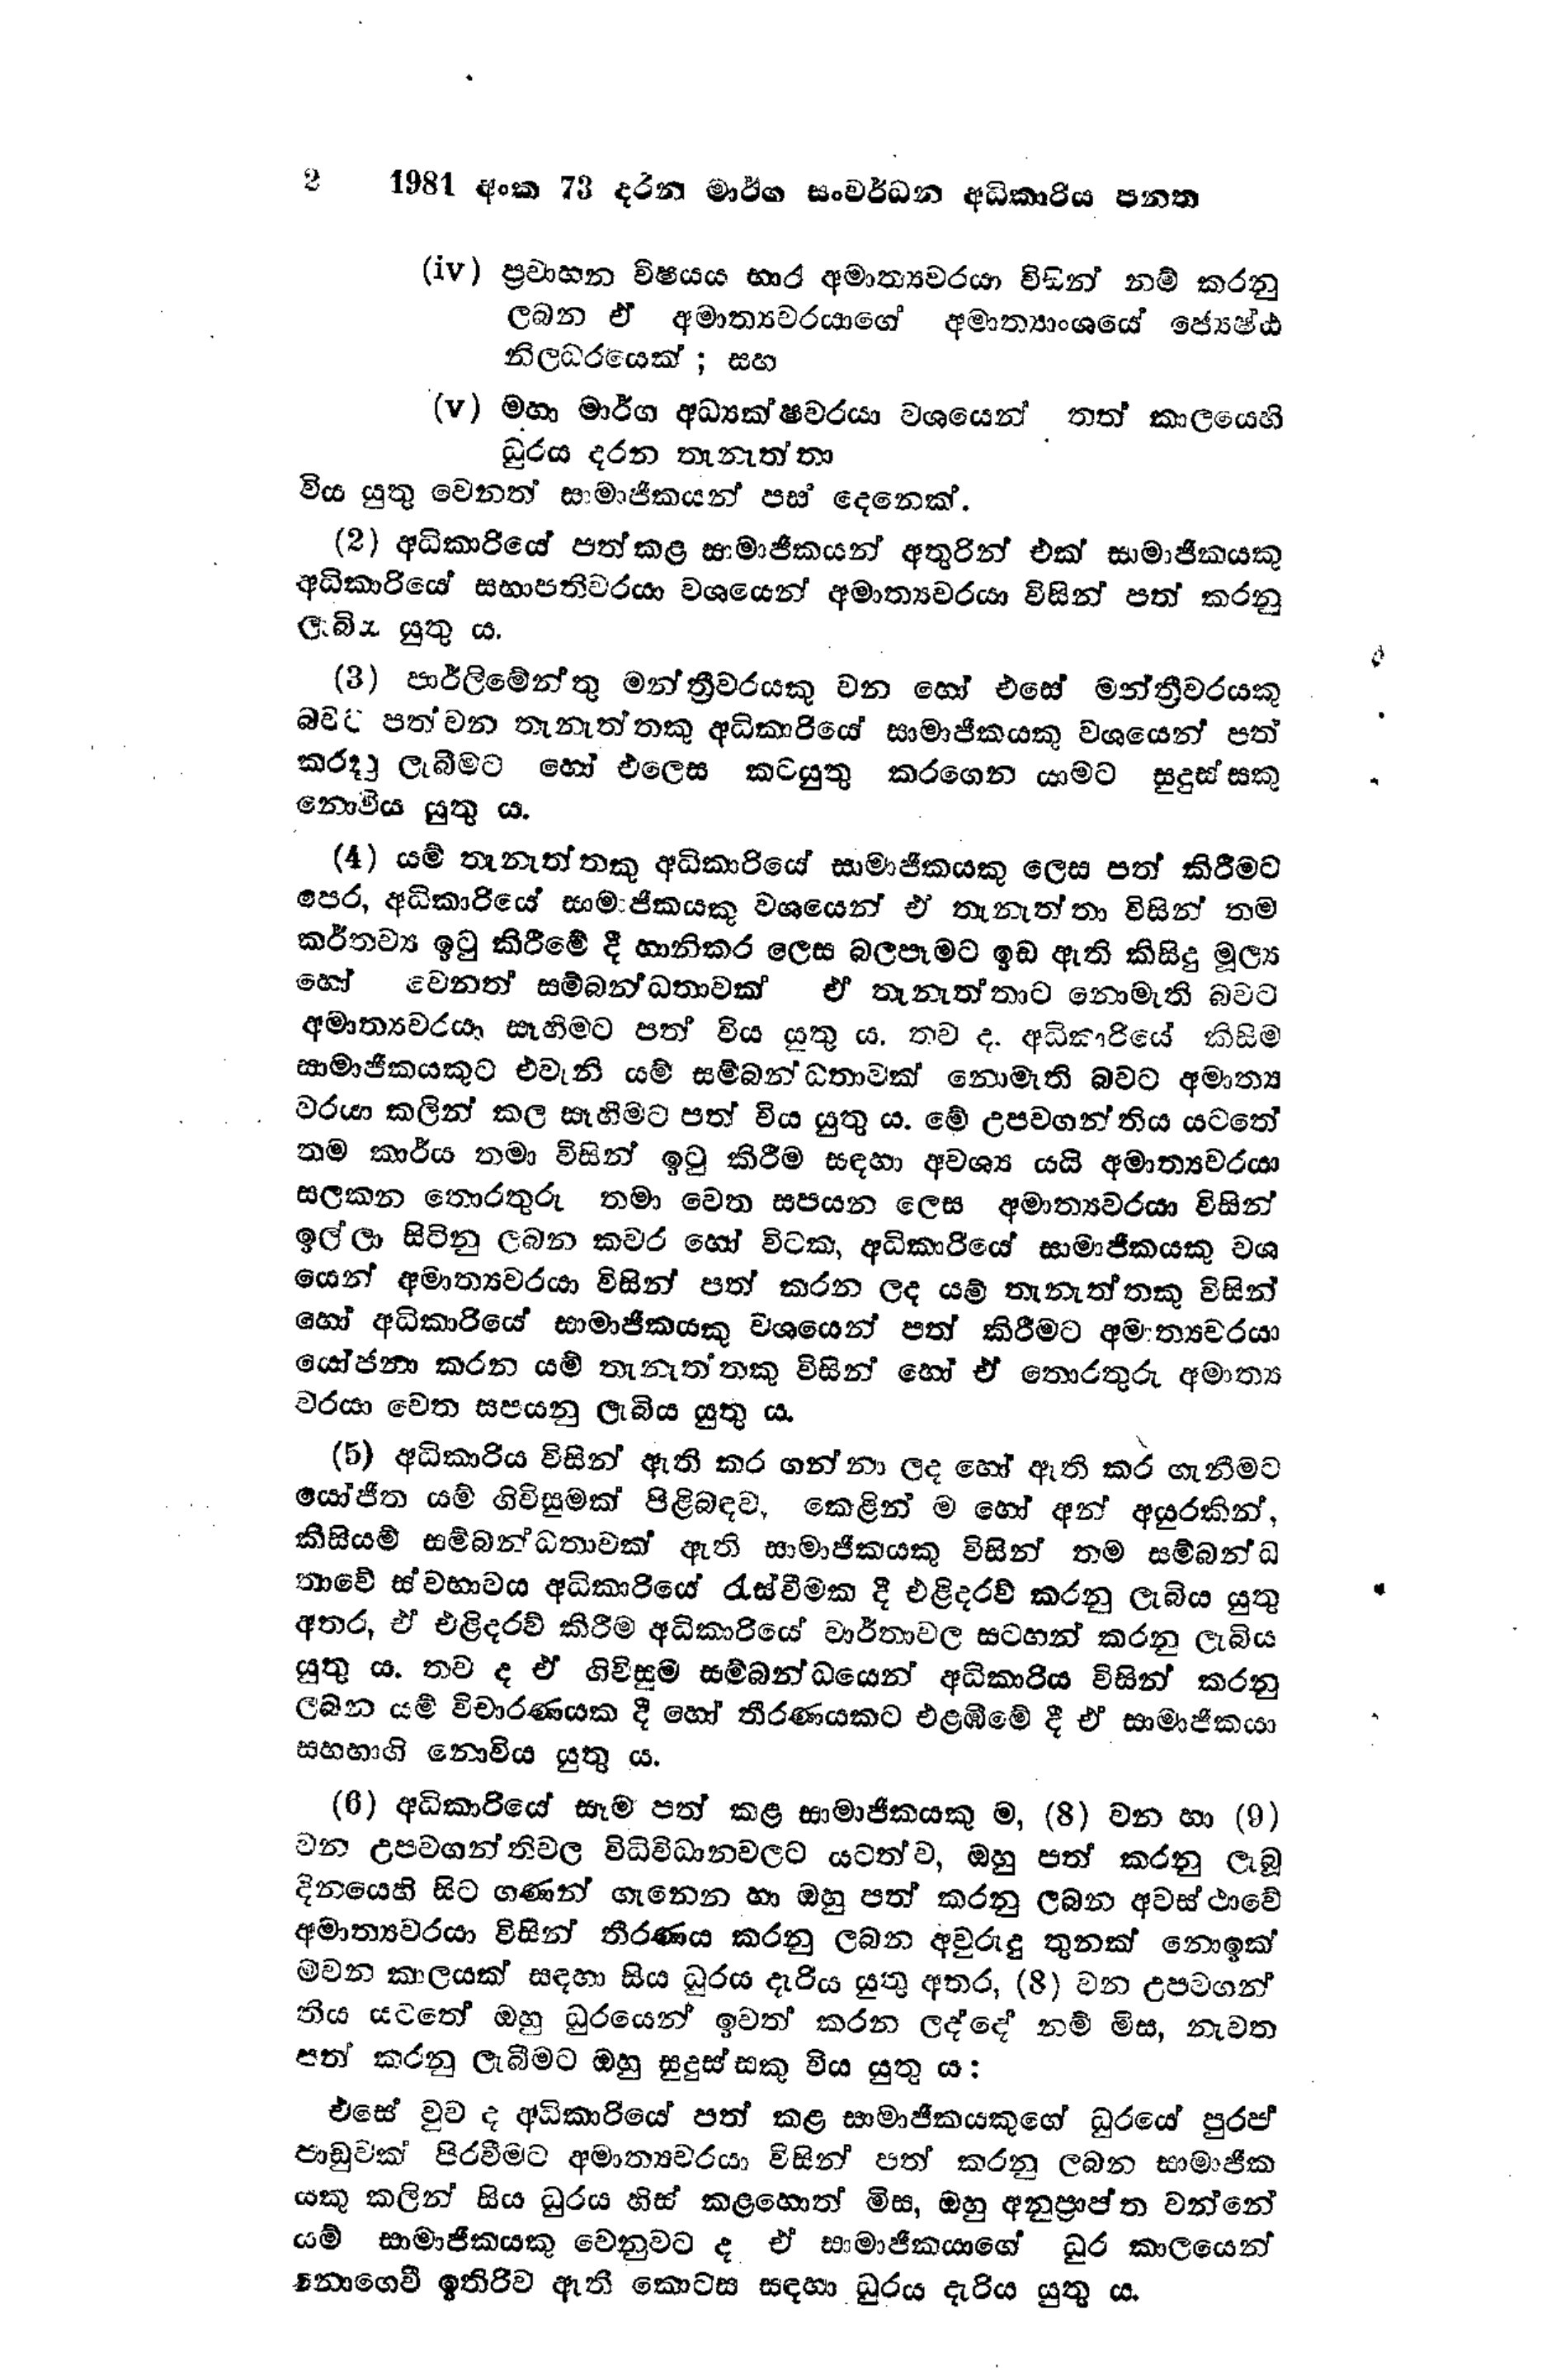
2   1981 අංක 73 දරන මාර්ග සංවර්ධන අධිකාරිය පනත

(iv) ප්‍රවාහන විෂයය භාර අමාත්‍යවරයා විසින් නම් කරනු
ලබන ඒ අමාත්‍යවරයාගේ අමාත්‍යාංශයේ ජ්‍යෙෂ්ඨ
නිලධරයෙක්; සහ

(v) මහා මාර්ග අධ්‍යක්ෂවරයා වශයෙන් තත් කාලයෙහි
ධුරය දරන තැනැත්තා

විය යුතු වෙනත් සාමාජිකයන් පස් දෙනෙක්.

(2) අධිකාරියේ පත්කළ සාමාජිකයන් අතුරින් එක් සාමාජිකයකු
අධිකාරියේ සභාපතිවරයා වශයෙන් අමාත්‍යවරයා විසින් පත් කරනු
ලැබිය යුතු ය.

(3) පාර්ලිමේන්තු මන්ත්‍රීවරයකු වන හෝ එසේ මන්ත්‍රීවරයකු
බවට පත්වන තැනැත්තකු අධිකාරියේ සාමාජිකයකු වශයෙන් පත්
කරුනු ලැබීමට හෝ එලෙස කටයුතු කරගෙන යාමට සුදුස්සකු
නොවිය යුතු ය.

(4) යම් තැනැත්තකු අධිකාරියේ සාමාජිකයෙකු ලෙස පත් කිරීමට
පෙර, අධිකාරියේ සාමාජිකයකු වශයෙන් ඒ තැනැත්තා විසින් තම
කර්තව්‍ය ඉටු කිරීමේ දී හානිකර ලෙස බලපෑමට ඉඩ ඇති කිසිදු මූල්‍ය
හෝ වෙනත් සම්බන්ධතාවක් ඒ තැනැත්තාට නොමැති බවට
අමාත්‍යවරයා සෑහීමට පත් විය යුතුය. තව ද අධිකාරියේ කිසිම
සාමාජිකයකුට එවැනි යම් සම්බන්ධතාවක් නොමැති බවට අමාත්‍ය
වරයා කලින් කල සෑහීමට පත් විය යුතුය. මේ උපවගන්තිය යටතේ
තම කාර්ය තමා විසින් ඉටු කිරීම සඳහා අවශ්‍ය යයි අමාත්‍යවරයා
සලකන තොරතුරු තමා වෙත සපයන ලෙස අමාත්‍යවරයා විසින්
ඉල්ලා සිටිනු ලබන කවර හෝ විටක, අධිකාරියේ සාමාජිකයකු වශ
යෙන් අමාත්‍යවරයා විසින් පත් කරන ලද යම් තැනැත්තකු විසින්
හෝ අධිකාරියේ සාමාජිකයකු වශයෙන් පත් කිරීමට අමාත්‍යවරයා
යෝජනා කරන යම් තැනැත්තකු විසින් හෝ ඒ තොරතුරු අමාත්‍ය
වරයා වෙත සපයනු ලැබිය යුතු ය.

(5) අධිකාරිය විසින් ඇති කර ගන්නා ලද හෝ ඇති කර ගැනීමට
යෝජිත යම් ගිවිසුමක් පිළිබඳව, කෙළින් ම හෝ අන් අයුරකින්,
කිසියම් සම්බන්ධතාවක් ඇති සාමාජිකයකු විසින් තම සම්බන්ධ
තාවේ ස්වභාවය අධිකාරියේ රැස්වීමක දී එළිදරව් කරනු ලැබිය යුතු
අතර, ඒ එළිදරව් කිරීම අධිකාරියේ වාර්තාවල සටහන් කරනු ලැබිය
යුතුය. තව ද ඒ ගිවිසුම සම්බන්ධයෙන් අධිකාරිය විසින් කරනු
ලබන යම් විචාරණයක දී හෝ තීරණයකට එළඹීමේ දී ඒ සාමාජිකයා
සහභාගි නොවිය යුතු ය.

(6) අධිකාරියේ සෑම පත් කළ සාමාජිකයකු ම, (8) වන හා (9)
වන උපවගන්තිවල විධිවිධානවලට යටත්ව, ඔහු පත් කරනු ලැබූ
දිනයෙහි සිට ගණන් ගැනෙන හා ඔහු පත් කරනු ලබන අවස්ථාවේ
අමාත්‍යවරයා විසින් තීරණය කරනු ලබන අවුරුදු තුනක් නොඉක්
මවන කාලයක් සඳහා සිය ධුරය දැරිය යුතු අතර, (8) වන උපවගන්
තිය යටතේ ඔහු ධුරයෙන් ඉවත් කරන ලද්දේ නම් මිස, නැවත
පත් කරනු ලැබීමට ඔහු සුදුස්සකු විය යුතු ය:

එසේ වුව ද අධිකාරියේ පත් කළ සාමාජිකයකුගේ ධුරයේ පුරප්
පාඩුවක් පිරවීමට අමාත්‍යවරයා විසින් පත් කරනු ලබන සාමාජික
යකු කලින් සිය ධුරය හිස් කළහොත් මිස, ඔහු අනුප්‍රාප්ත වන්නේ
යම් සාමාජිකයකු වෙනුවට ද ඒ සාමාජිකයාගේ ධුර කාලයෙන්
නොගෙවී ඉතිරිව ඇති කොටස සඳහා ධුරය දැරිය යුතු ය.